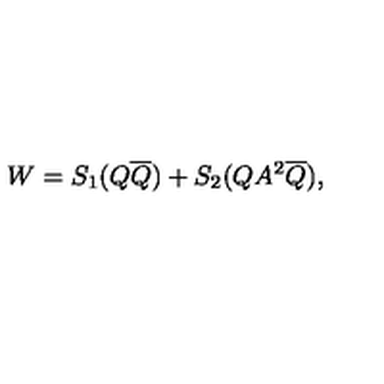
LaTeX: W = S _ { 1 } ( Q \overline { { Q } } ) + S _ { 2 } ( Q A ^ { 2 } \overline { { Q } } ) ,